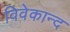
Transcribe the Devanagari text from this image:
विवेकान्‍द